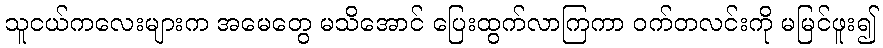
သူငယ်ကလေးများက အမေတွေ မသိအောင် ပြေးထွက်လာကြကာ ဝက်တလင်းကို မမြင်ဖူး၍